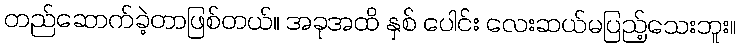
တည်ဆောက်ခဲ့တာဖြစ်တယ်။ အခုအထိ နှစ် ပေါင်း လေးဆယ်မပြည့်သေးဘူး။